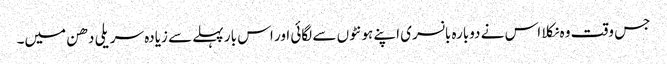
جس وقت وہ نکلا اس نے دوبارہ بانسری اپنے ہونٹوں سے لگائی اور اس بار پہلے سے زیادہ سریلی دھن میں۔